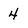
Character: 4